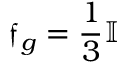
\boldsymbol { \mathfrak { f } } _ { g } = \frac { 1 } { 3 } \mathbb { I }